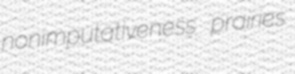
nonimputativeness prairies